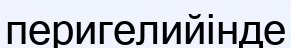
перигелийінде